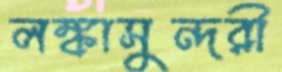
লঙ্কাসুন্দরী